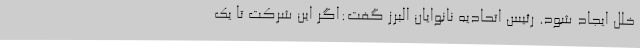
خلل ایجاد شود. رئیس اتحادیه نانوایان البرز گفت:اگر این شرکت تا یک